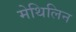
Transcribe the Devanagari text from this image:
मेथिलिन